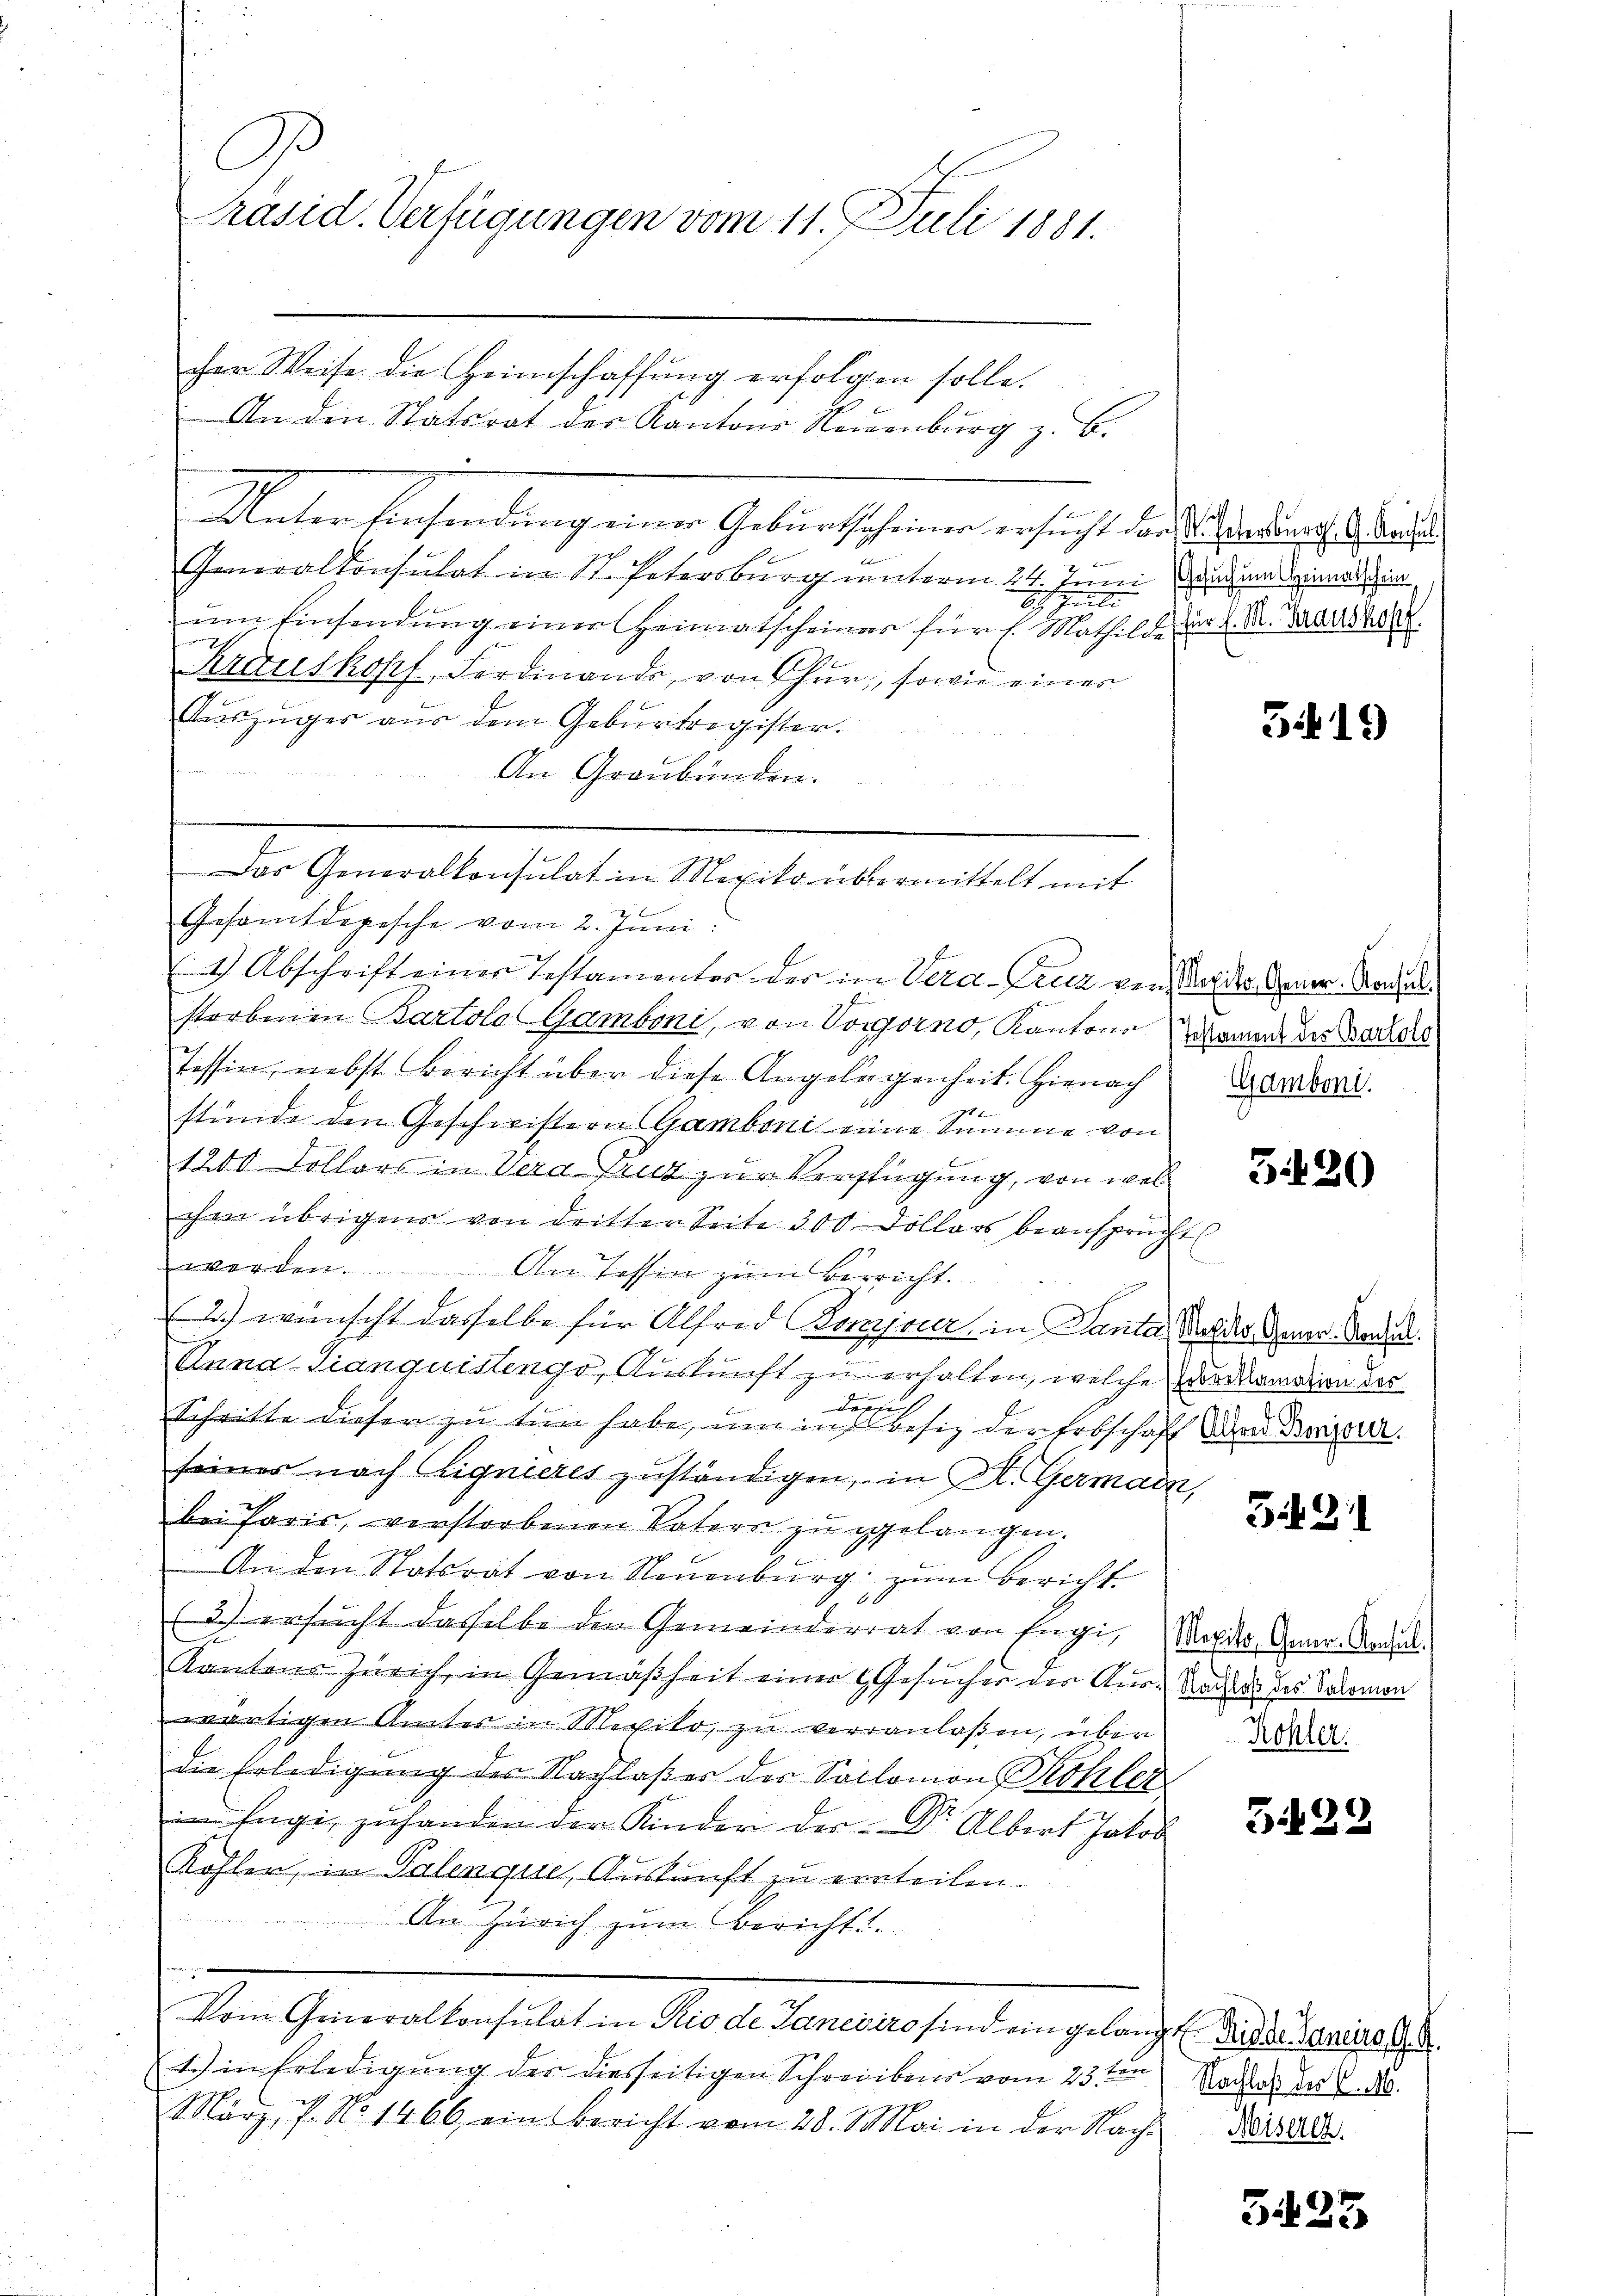
S
Präsid. Verfügungen vom 11. Juli 1881.

cher Weise die Heimschaffung erfolgen solle.
An den Statsrat des Kantons Neuenburg z. B.
Unter hiersendung einer Geburtscheiner ersicht der auch durch eine

Generalkonsulat in St. Petersburg unterm 24. Juni
8t Juli
um Einsendung einer Heimatscheiner für 1. Mathilde der d. M. Baselst
Krauskopf, Ferdinande, von Chur, sowie eines
Auszuges aus dem Geburtregister.
An Graubünden.
Gesamtdepesche vom 2. Juni:
1) Abschrift eines Testamenter der in Vera-Fruz verstorbenen Kartolo Gamboni, von Vorgorno, Kantons
Tessin, nebst Bericht über diese Angelagenheit. Hienach
stunde den Geschwistern Gamboni eine Summe von
1200 Dollars in Vera Pruz zur Verfügung, von wel
chen übrigens von dritten Seite 300 Dollars beansprüwerden.
An Tessin zum Berricht.
2.) wünscht dasselbe für Alfred Bonierer, in Santar das des Gener. Baden.
Anna-Sianquistengo, Auskunft zu erhalten, welche vormation der
J
.
dorti
Schritte dieser zu tun habe, um in Besitz der Erbschaft der Bereuer
seiner nach eignieres zuständigen, in K. Germai
bei Paris, verstorbenen Vatern zu gelangen.
An den Statsrat von Neuenburg zum Bericht.
3.) ersucht dasselbe den Gemeinderrat von Engi,
Kantons Zürich, in Gemäßheit einer 6 Gesucher der Auswärtigen Ämter in Meviko, zu veranlaßen, über
die Erledigung des Nachlaßes des Sollomon Kohler
in Engi, zu handen der Kinder der Dr. Albert Jakob
Kohler, in Palenque, Auskunft zu errteilen.
An Zürich zum Bericht.
e
Vom Generalkonsulat in Rio de Janeiro sind ein gelangt und der aneiro G
tin Erledigung der diesseitigen Schreibens vom 23ten
März, f. No 1466 ein Bericht vom 28. Mai in der Nach-Hisel

Das Generalkonsulat in Mexiko übermittelt mit

Gesuch um Heimatschein

J

2

519

Mexikon. Gener-Konsul
Testament des Bartolo
Gamboni.

320

Zif. 21

Mexiko, Gener-Konsul
Nachlaß des Salomon
Kohler.

5129

Nachloß der C. M.

3425